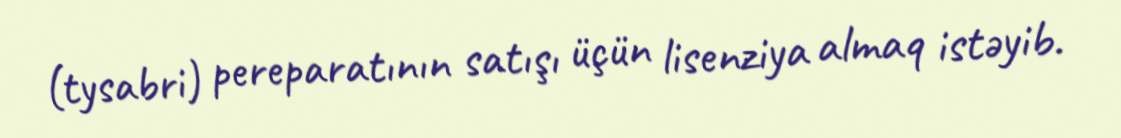
(tysabri) pereparatının satışı üçün lisenziya almaq istəyib.